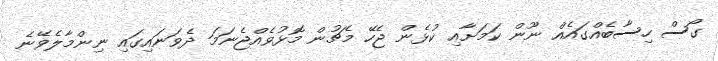
ގޯސް ހިސާބެއްގައެއް ނޫން ކަމަށާއި ކުޅެން ޖެހޭ މެޗުން މޮޅުވެއްޖެނަމަ ދެވަނައިގައި ނިންމާލެވޭނެ